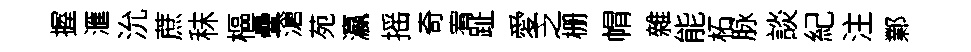
握滙沇蔗秣樞疊滄苑瀛摇奇宥趾愛乏栅㡌雜能柘脉談紀注鄴